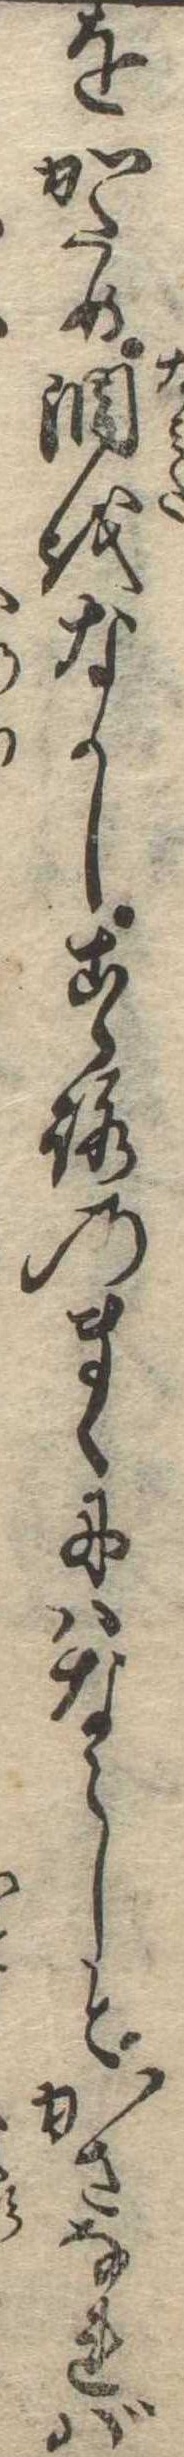
をかため涙をなかしこゝろのまゝにはならしとかさなれば